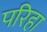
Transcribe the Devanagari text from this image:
परिहा